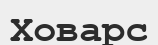
Ховарс